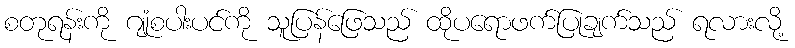
စတုရန်းကို ဂျုံစပါးပင်ကို သူပြန်ဖြေသည် ထိုပရောဖက်ပြုချက်သည် ရလားလို့